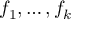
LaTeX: f _ { 1 } , \ldots , f _ { k }